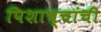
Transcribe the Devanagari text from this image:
पिशाच्चांची